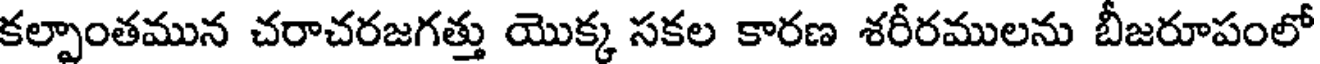
కల్పాంతమున చరాచరజగత్తు యొక్క సకల కారణ శరీరములను బీజరూపంలో